Insane asylums in Bengal annual reports 1876-1887 - 1876-1887
Year: 1876
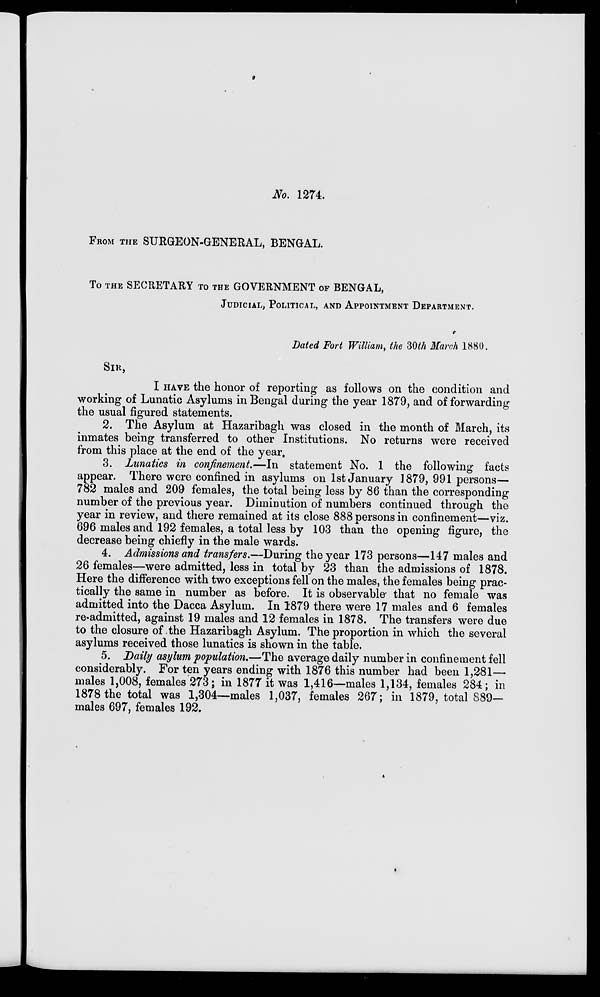
No. 1274.
FROM THE SURGEON-GENERAL, BENGAL.
To THE SECRETARY TO THE GOVERNMENT OF BENGAL,
JUDICIAL, POLITICAL, AND APPOINTMENT DEPARTMENT.
Dated Fort William, the 30th March 1880.
SIR,
I HAVE the honor of reporting as follows on the condition and
working of Lunatic Asylums in Bengal during the year 1879, and of forwarding
the usual figured statements.
2. The Asylum at Hazaribagh was closed in the month of March, its
inmates being transferred to other Institutions. No returns were received
from this place at the end of the year.
3. Lunatics in confinement.—In statement No. 1 the following facts
appear. There were confined in asylums on 1st January 1879, 991 persons—
782 males and 209 females, the total being less by 86 than the corresponding
number of the previous year. Diminution of numbers continued through the
year in review, and there remained at its close 888 persons in confinement—viz.
696 males and 192 females, a total less by 103 than the opening figure, the
decrease being chiefly in the male wards.
4. Admissions and transfers.—During the year 173 persons—147 males and
26 females—were admitted, less in total by 23 than the admissions of 1878.
Here the difference with two exceptions fell on the males, the females being prac-
tically the same in number as before. It is observable that no female was
admitted into the Dacca Asylum. In 1879 there were 17 males and 6 females
re-admitted, against 19 males and 12 females in 1878. The transfers were due
to the closure of the Hazaribagh Asylum. The proportion in which the several
asylums received those lunatics is shown in the table.
5. Daily asylum population.—The average daily number in confinement fell
considerably. For ten years ending with 1876 this number had been 1,281—
males 1,008, females 273; in 1877 it was 1,416—males 1,134, females 284; in
1878 the total was 1,304—males 1,037, females 267; in 1879, total 889—
males 697, females 192.